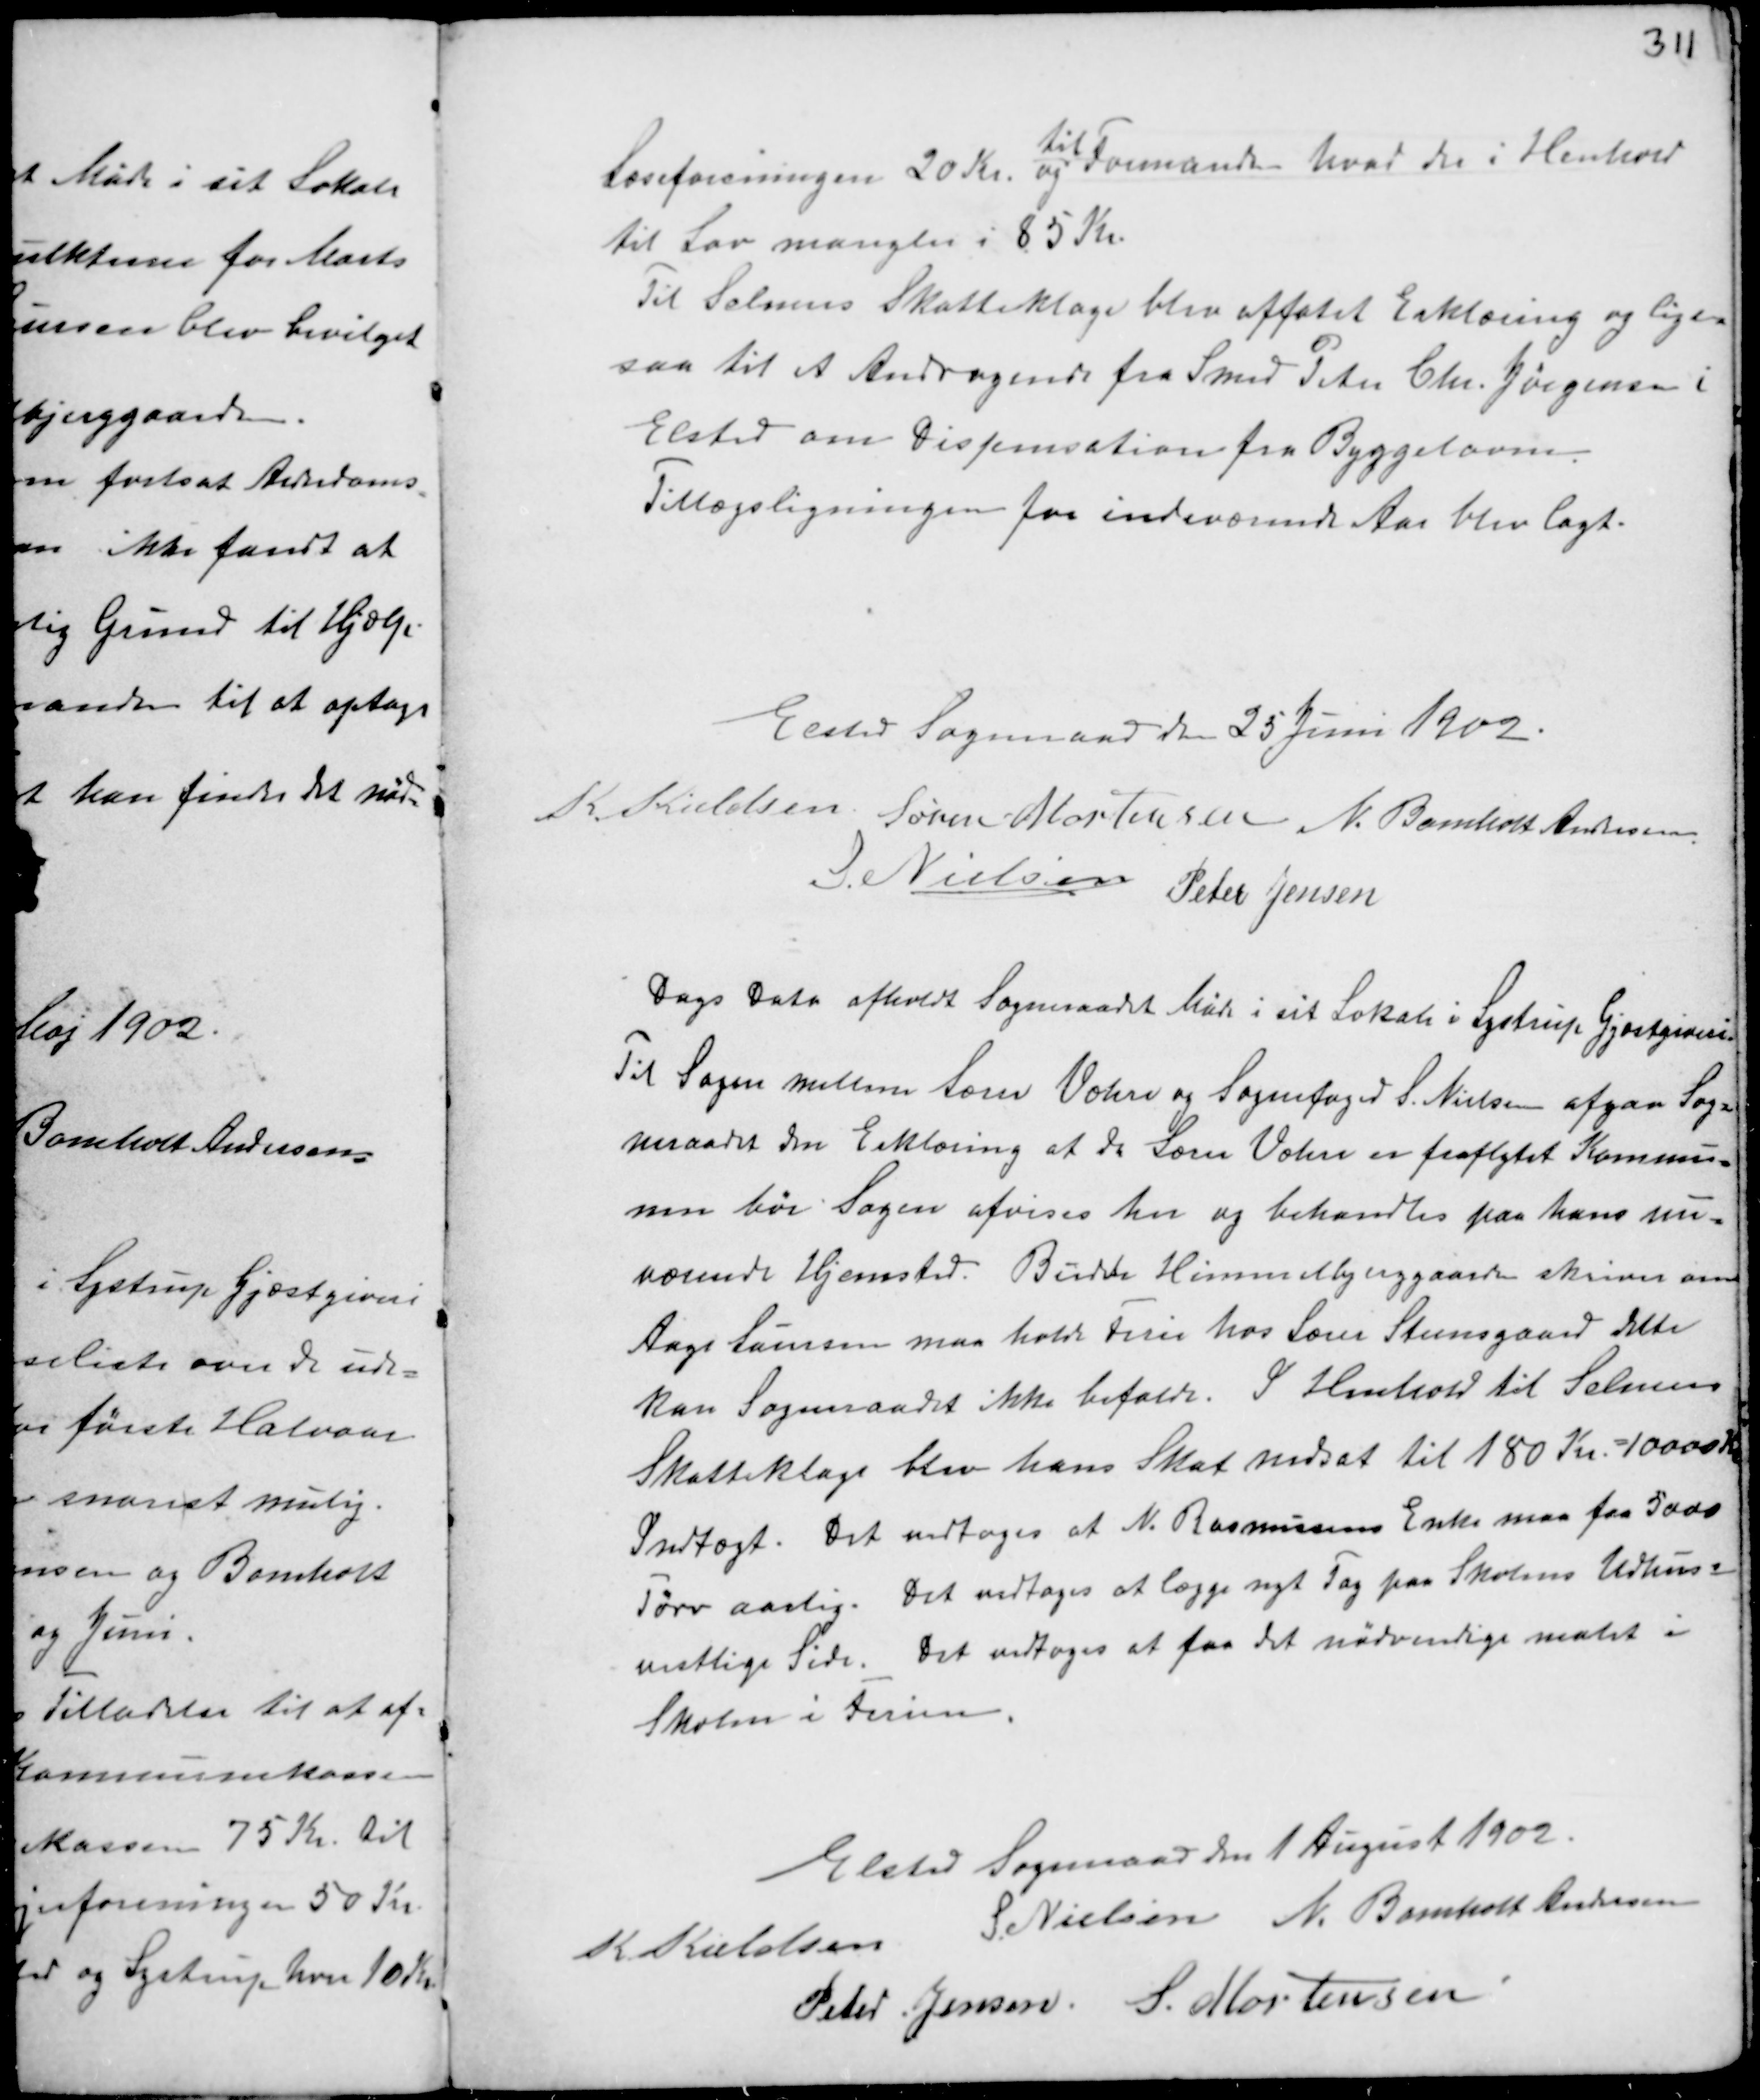
Transskription:
Læseforeningen 20 Kr. og
til
Formanden hvad der i Henhold
til Lov mangler i 85 Kr.
Til Selmers Skatteklage blev affatet Erklæring og Lige-
saa til et Andragende fra Smed Peter Chr. Jørgensen i
Elsted om Dispensation fra Byggeloven.
Tillægsligning for indeværende Aar blev lagt.

Elsted Sogneraad den 25 Juni 1902.
K. Kieldsen Søren Mortensen N. Bomholt Andersen
S. Nielsen Peter Jensen

Dags Dato afholdt Sogneraadet Møde i sit Lokale i Lystrup Gjæstgiveri.
Til Sagen mellem Lærer Væhre og Sognefoged S. Nielsen afgav Sog-
neraadet den Erklæring at da Lærer Væhre er fraflyttet Kommu-
nen bør Sagen afvises her og behandles paa hans nu-
værende Hjemsted. Burds Himmelbjergaarden skriver om
Aage Laursen maa holde Ferie hos Lærer Steensgaard dette
kan Sogneraadet ikke bifalde. I Henhold til Selmers
Skatteklage blev hans Skat nedsat til 180 Kr. = 10000 Kr
Indtægt. Det vedtoges at N. Rasmussens Enke maa faa 5000
Tørv aarlig. Det vedtoges at lægge nyt Tag paa Skolens Udhuss
vestlige Side. Det vedtoges at faa det nødvendige malet i
Skolen i Ferien.

Elsted Sogneraad den 1 August 1902.
K Kieldsen S Nielsen N. Bomholt Andersen
Peter Jensen S. Mortensen